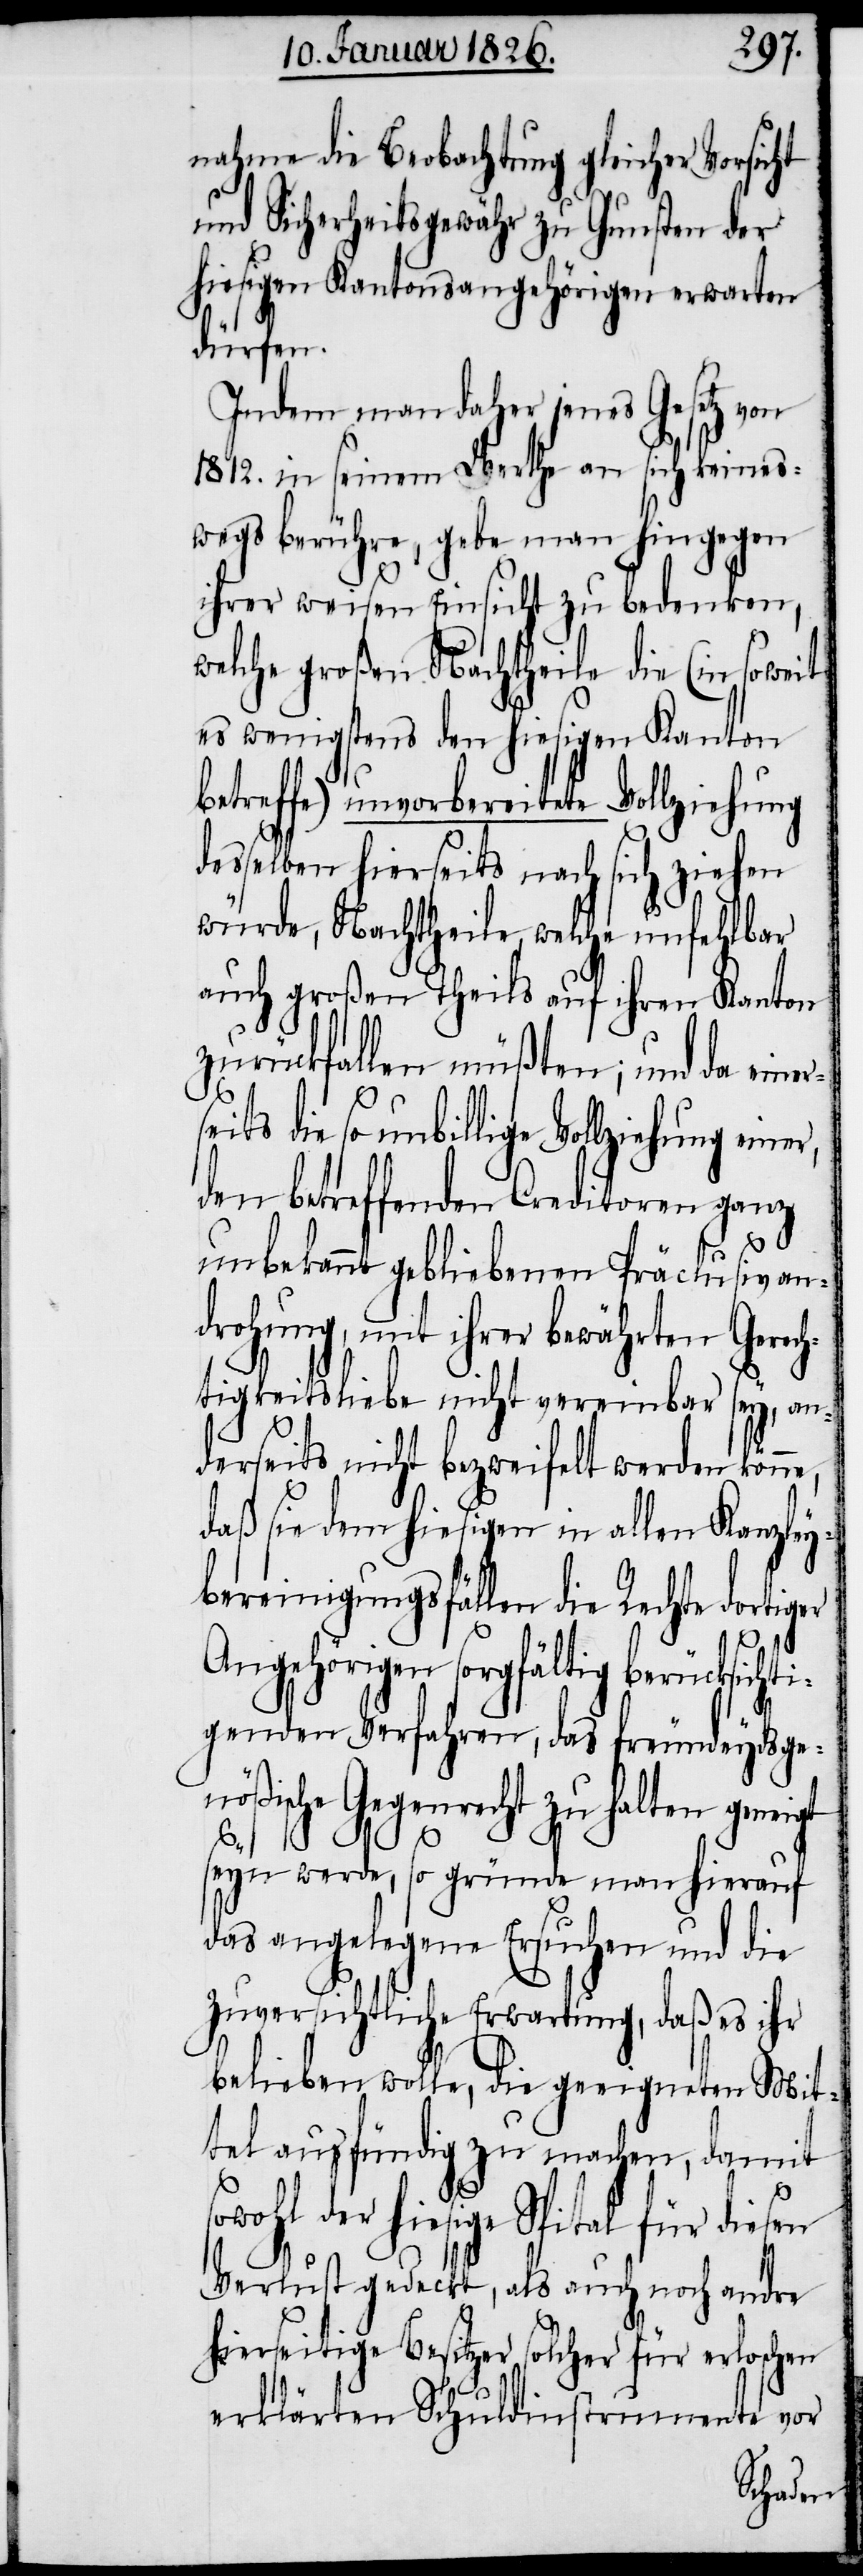
nahme die Beobachtung gleicher Vorsicht
und Sicherheitsgewähr zu Gunsten der
hiesigen Kantonsangehörigen erwarten
dürfen.
Indem man daher jenes Gesetz von
1812. in seinem Werthe an sich keines¬
wegs berühre, gebe man hingegen
ihrer weisen Einsicht zu bedenken,
welche großen Nachtheile die (in soweit
es wenigstens den hiesigen Kanton
betreffe) unvorbereitete Vollziehung
desselben hierseits nach sich ziehen
würde, Nachtheile welche unfehlbar
auch großen Theils auf ihren Kanton
zurückfallen müßten; und da eine¬
den betreffenden Creditoren ganz
unbekannt gebliebenen Präclusivan¬
drohung, mit ihrer bewährten Gerech¬
tigkeitsliebe nicht vereinbar sey, an¬
derseits nicht bezweifelt werden könn¬
daß sie dem hiesigen in allen Kanzley¬
bereinigungsfällen die Rechte dortiger
Angehörigen sorgfältig berücksichti¬
genden Verfahren, das freundeydsge¬
nößische Gegenrecht zu halten geneigt
e,
seyn werde, so gründe man hierauf
das angelegene Ersuchen und die
zuversichtliche Erwartung, daß es ihr
belieben wolle, die geeigneten Mit¬
tel ausfündig zu machen, damit
der hiesige Spital für diesen
Verlust gedeckt, als auch noch andre
hierseitige Besitzer solcher für erloschen
erklärten Schuldinstrumente vor